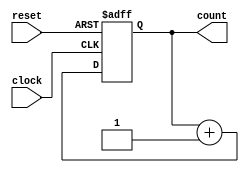
module counter (
    input wire clock,          // Clock input
    input wire reset,          // Asynchronous reset input
    output reg [1:0] count     // 2-bit counter output
);

    // Sequential logic triggered on the rising edge of the clock
    always @(posedge clock or posedge reset) begin
        if (reset) begin
            // Asynchronous reset logic
            count <= 2'b00;    // Initialize counter to 0
        end else begin
            // Increment counter on clock edge
            count <= count + 1; // Increment count
        end
    end

endmodule